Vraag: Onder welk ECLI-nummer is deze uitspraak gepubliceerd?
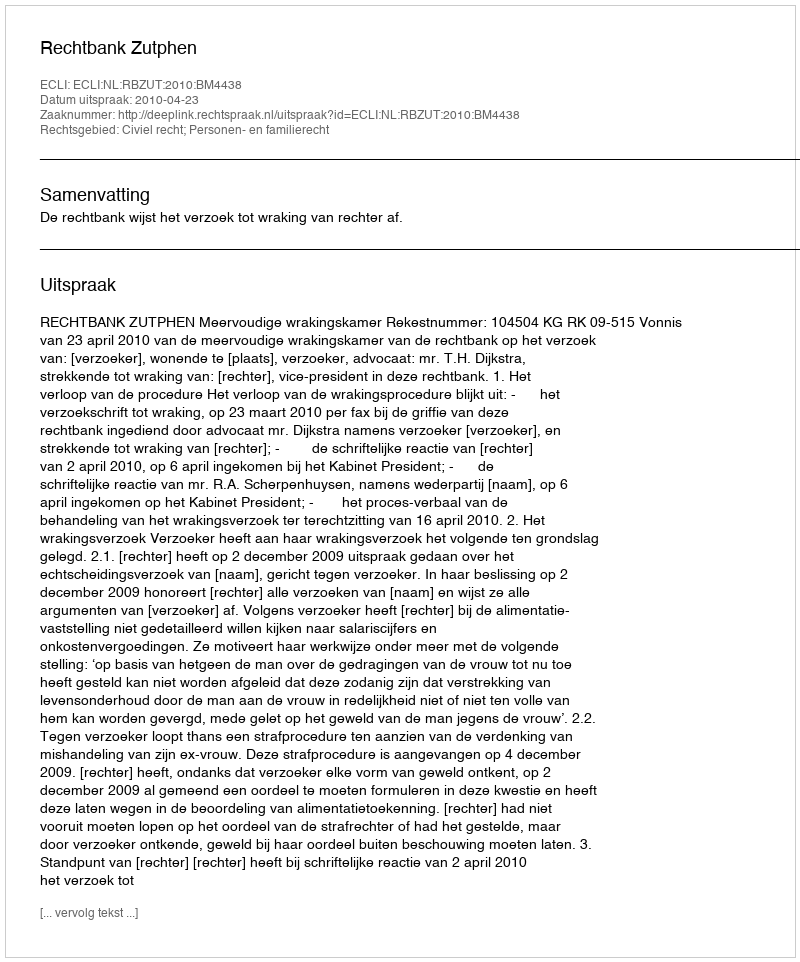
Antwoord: ECLI:NL:RBZUT:2010:BM4438